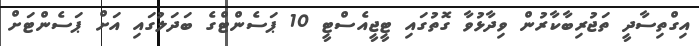
އިގްތިސާދީ ތަޖުރިބާކާރުން ވިދާޅުވާ ގޮތުގައި ޓީޖީއެސްޓީ 10 ޕަސެންޓްގެ ބަދަލުގައި އަށް ޕަސެންޓަށް